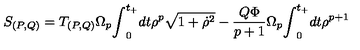
S _ { ( P , Q ) } = T _ { ( P , Q ) } { \Omega } _ { p } { \int } _ { 0 } ^ { t _ { + } } d t { \rho } ^ { p } \sqrt { 1 + { \dot { \rho } } ^ { 2 } } - \frac { Q { \Phi } } { p + 1 } { \Omega } _ { p } { \int } _ { 0 } ^ { t _ { + } } d t { \rho } ^ { p + 1 }